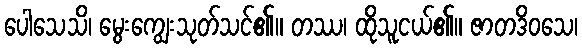
ပေါသေသိ၊ မွေးကျွေးသုတ်သင်၏။ တဿ၊ ထိုသူငယ်၏။ ဇာတဒိဝသေ၊